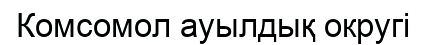
Комсомол ауылдық округі